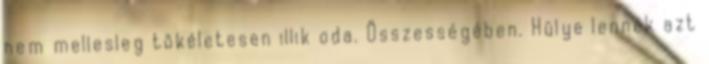
nem mellesleg tökéletesen illik oda. Összességében. Hülye lennék azt